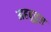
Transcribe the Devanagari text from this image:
महबूबुल